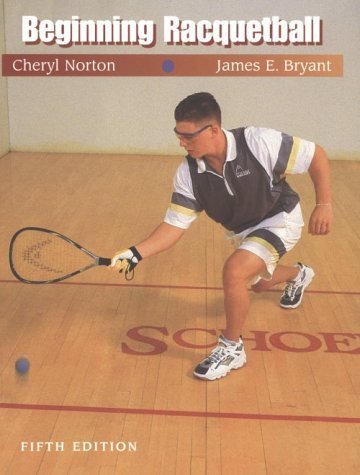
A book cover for Beginning Racquetball 5th edition by Bryant, James E., Norton, Cheryl (2000) Paperback; James E., Norton, Cheryl Bryant; Sports & Outdoors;